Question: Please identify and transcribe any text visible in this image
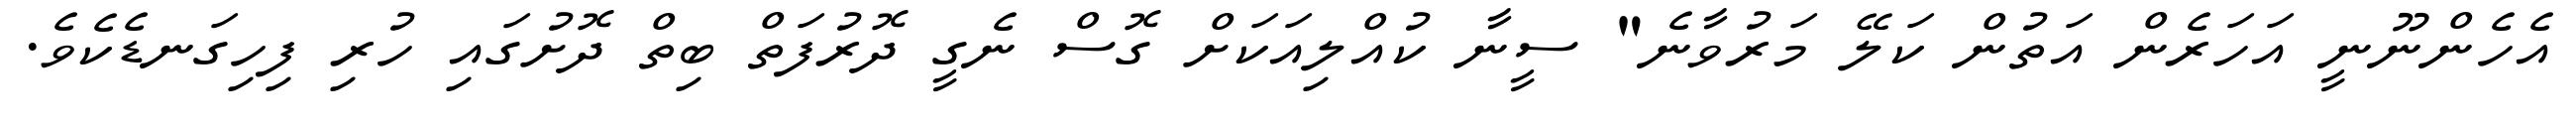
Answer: އެހެންނޫނީ އަހަރެން އަތުން ކަލޭ މަރުވާނެ" ސީނާ ކުއްލިއަކަށް ގޮސް ނެގީ ދޮރުފަތް ބިތް ދޮށުގައި ހުރި ފިހިގަނޑެކެވެ.